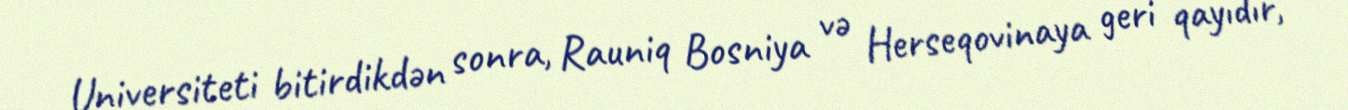
Universiteti bitirdikdən sonra, Rauniq Bosniya və Herseqovinaya geri qayıdır,